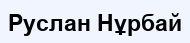
Руслан Нұрбай